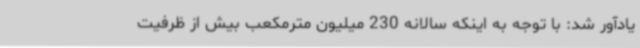
یادآور شد: با توجه به اینکه سالانه 230 میلیون مترمکعب بیش از ظرفیت